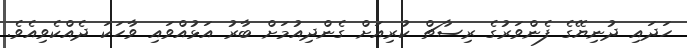
ހަދައި ދުނިޔޭގެ ފެންވަރުގެ ރިސާޗް ކުރިއަށް ގެންދިއުމަށް ބާރު އަޅުއްވައި ވާހަކަ ދެއްކެވިއެވެ.